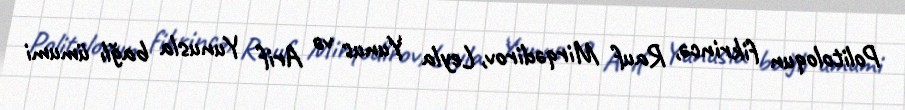
Politoloqun fikrincə, Rauf Mirqədirov, Leyla Yunus və Arif Yunusla bağlı ümumi